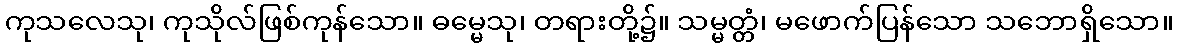
ကုသလေသု၊ ကုသိုလ်ဖြစ်ကုန်သော။ ဓမ္မေသု၊ တရားတို့၌။ သမ္မတ္တံ၊ မဖောက်ပြန်သော သဘောရှိသော။